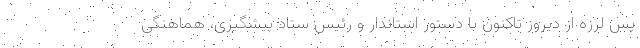
پس لرزه از دیروز تاکنون با دستور استاندار و رئیس ستاد پیشگیری، هماهنگی